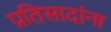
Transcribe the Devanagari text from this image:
प्रतिसादांना